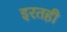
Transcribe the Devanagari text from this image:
इरतही